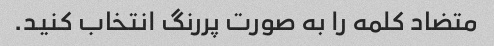
متضاد کلمه را به صورت پررنگ انتخاب کنید.